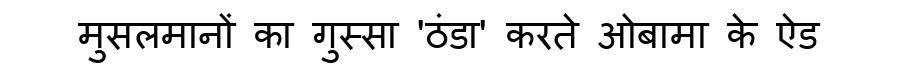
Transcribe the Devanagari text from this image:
मुसलमानों का गुस्सा 'ठंडा' करते ओबामा के ऐड